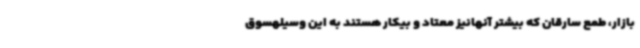
بازار، طمع سارقان که بیشتر آنهانیز معتاد و بیکار هستند به این وسیلهسوق